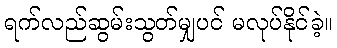
ရက်လည်ဆွမ်းသွတ်မျှပင် မလုပ်နိုင်ခဲ့။